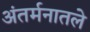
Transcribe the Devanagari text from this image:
अंतर्मनातले